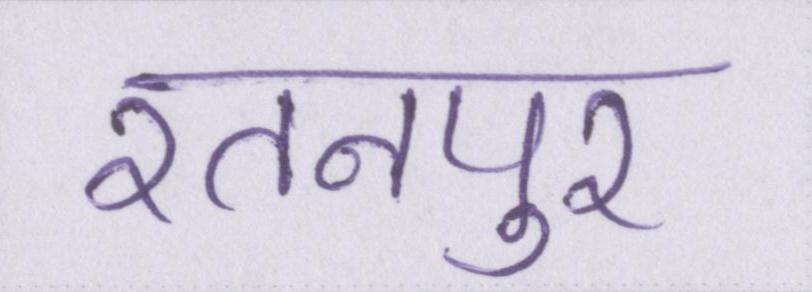
रतनपुर